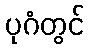
ပုဂံတွင်